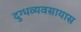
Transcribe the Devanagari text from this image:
दुग्धव्यवसायास